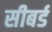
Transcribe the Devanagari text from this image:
सीबर्ड